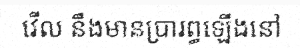
វើល នឹងមានប្រារព្ធឡើងនៅ